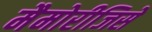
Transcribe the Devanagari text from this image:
मैमोरीजिसे